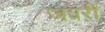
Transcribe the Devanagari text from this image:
जवरी